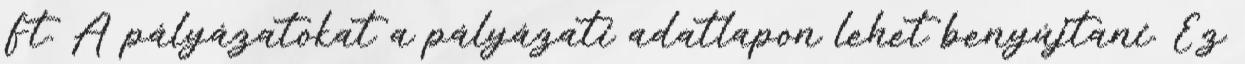
Ft. A pályázatokat a pályázati adatlapon lehet benyújtani. Ez